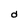
Character: d